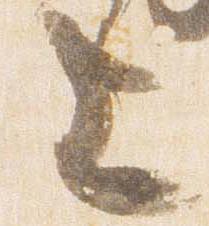
上